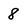
Character: 8